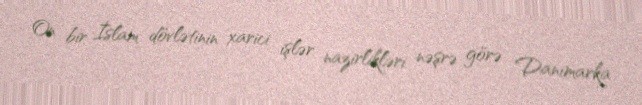
On bir İslam dövlətinin xarici işlər nazirlikləri nəşrə görə Danimarka